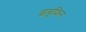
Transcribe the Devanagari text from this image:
इबूफ्रिन